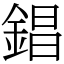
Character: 錩